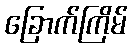
ခြောက်ကြိမ်